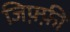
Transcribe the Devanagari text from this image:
जिफ़्फ़ी